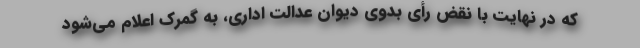
که در نهایت با نقض رأی بدوی دیوان عدالت اداری، به گمرک اعلام می‌شود